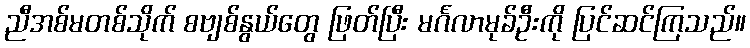
ညီအစ်မတစ်သိုက် စဗျစ်နွယ်တွေ ဖြတ်ပြီး မင်္ဂလာမုခ်ဦးကို ပြင်ဆင်ကြသည်။